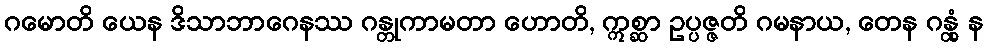
ဂမောတိ ယေန ဒိသာဘာဂေနဿ ဂန္တုကာမတာ ဟောတိ, ဣစ္ဆာ ဥပ္ပဇ္ဇတိ ဂမနာယ, တေန ဂန္တုံ န